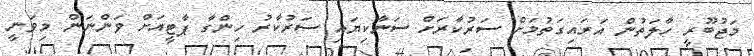
މަޖުބޫރީ ހާލަތުން އަރައިގަތުމަށް ސަރުކާރަށް ސަނާކިޔައި ސަރުކާރު ހިންގާ ޕާޓީއަށް ވަންނަން މިވަނީ